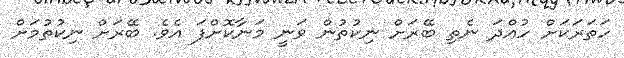
ހަތަރަކަށް ހުއްދަ ނެތި ބޭރަށް ނިކުތުން ވަނީ މަނާކޮށްފަ އެވެ. ބޭރަށް ނިކުތުމަށް